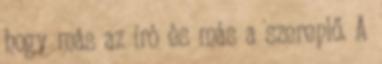
hogy más az író és más a szereplő. A